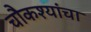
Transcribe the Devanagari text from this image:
चौकश्यांचा